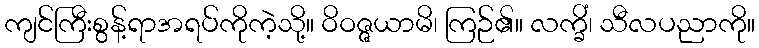
ကျင်ကြီးစွန့်ရာအရပ်ကိုကဲ့သို့။ ဝိဝဇ္ဇယာမိ၊ ကြဉ်၏။ လက္ခိံ၊ သီလပညာကို။